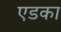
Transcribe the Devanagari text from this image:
एडका